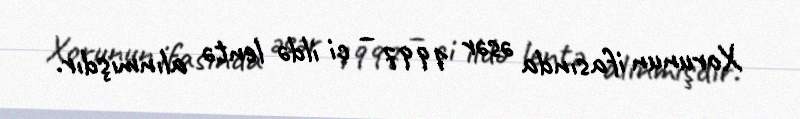
Xorunun ifasında əsər 1997 – ci ildə lentə alınmışdır.